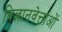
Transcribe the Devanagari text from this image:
विज्ञानवेत्ताओं